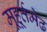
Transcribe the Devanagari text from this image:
मूहूर्तमेढ